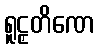
ရူဠှတိဏေ